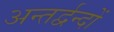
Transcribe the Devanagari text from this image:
अन्तर्द्वन्दों